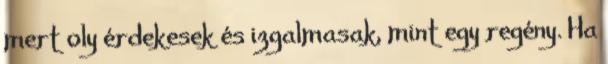
mert oly érdekesek és izgalmasak, mint egy regény. Ha